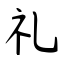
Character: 礼